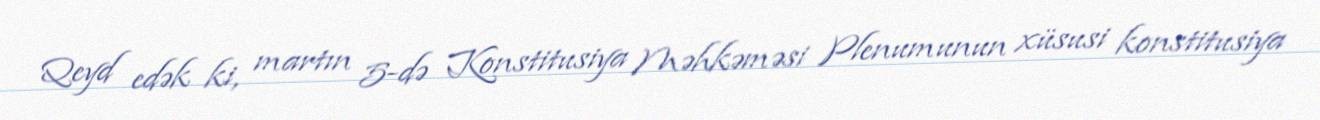
Qeyd edək ki, martın 5-də Konstitusiya Məhkəməsi Plenumunun xüsusi konstitusiya